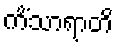
ကိံသာရာတိ